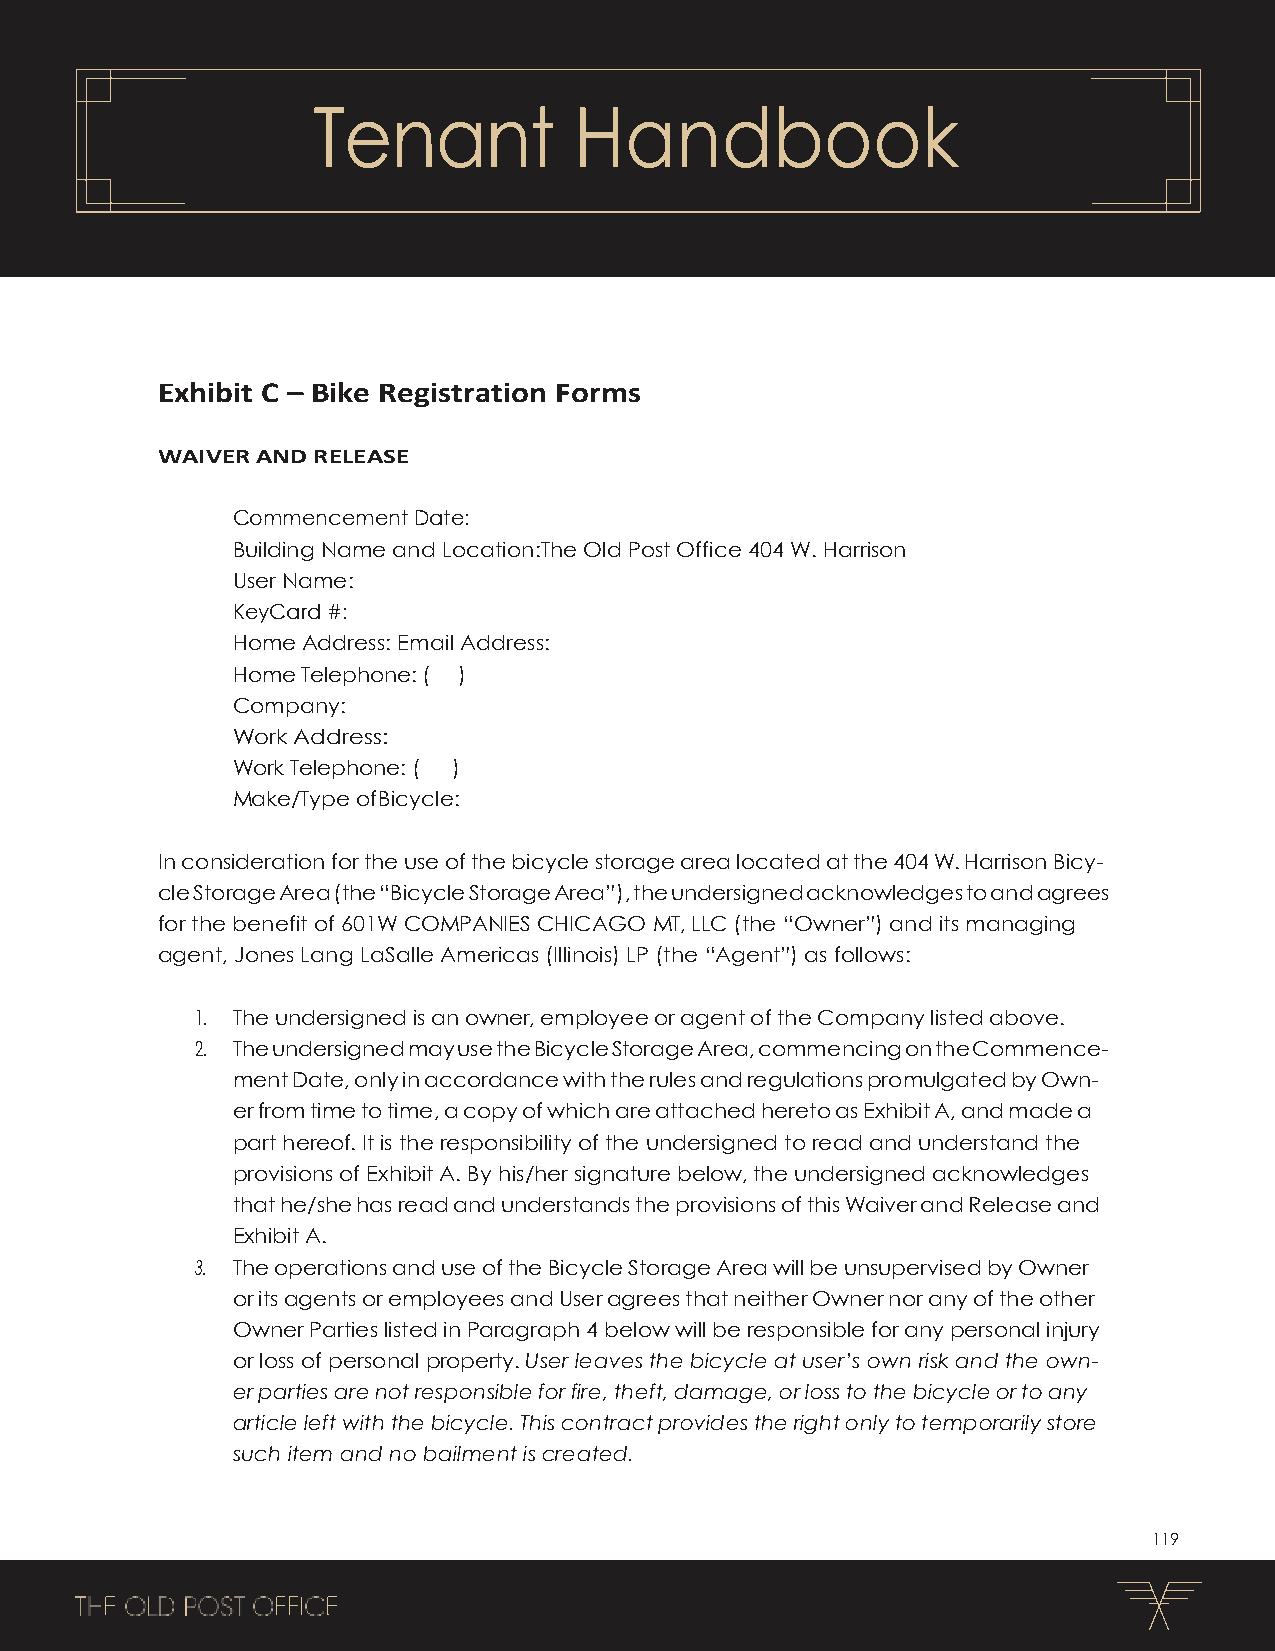
Tenant           Handbook
 Exhibit C – Bike Registration Forms
 WAIVER AND RELEASE
 Commencement Date:
 Building Name and Location:The Old Post Office 404 W. Harrison
 User Name:
 KeyCard #:
 Home Address: Email Address:
 Home Telephone: ( )
 Company:
 Work Address:
 Work Telephone: ( )
 Make/Type of Bicycle:
 In consideration for the use of the bicycle storage area located at the 404 W. Harrison Bicy-
 cle Storage Area (the “Bicycle Storage Area”), the undersigned acknowledges to and agrees
 for the benefit of 601W COMPANIES CHICAGO MT, LLC (the “Owner”) and its managing
 agent, Jones Lang LaSalle Americas (Illinois) LP (the “Agent”) as follows:
 1. The undersigned is an owner, employee or agent of the Company listed above.
 2. The undersigned may use the Bicycle Storage Area, commencing on the Commence-
 ment Date, only in accordance with the rules and regulations promulgated by Own-
 er from time to time, a copy of which are attached hereto as Exhibit A, and made a
 part hereof. It is the responsibility of the undersigned to read and understand the
 provisions of Exhibit A. By his/her signature below, the undersigned acknowledges
 that he/she has read and understands the provisions of this Waiver and Release and
 Exhibit A.
 3. The operations and use of the Bicycle Storage Area will be unsupervised by Owner
 or its agents or employees and User agrees that neither Owner nor any of the other
 Owner Parties listed in Paragraph 4 below will be responsible for any personal injury
 or loss of personal property. User leaves the bicycle at user’s own risk and the own-
 er parties are not responsible for fire, theft, damage, or loss to the bicycle or to any
 article left with the bicycle. This contract provides the right only to temporarily store
 such item and no bailment is created.
 119